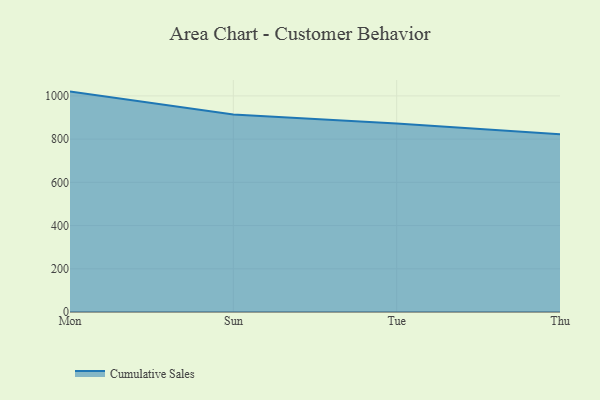
{"axis": {"x": "Day", "y": "Population (Million)"}, "legend": ["Cumulative Sales"], "data": [{"x": "Mon", "y": 1020.0, "type": "Cumulative Sales"}, {"x": "Sun", "y": 913.8, "type": "Cumulative Sales"}, {"x": "Tue", "y": 871.9, "type": "Cumulative Sales"}, {"x": "Thu", "y": 822.6, "type": "Cumulative Sales"}]}